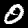
Label: 0